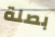
بصلة